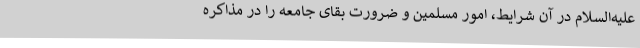
علیه‌السلام در آن شرایط، امور مسلمین و ضرورت بقای جامعه را در مذاکره